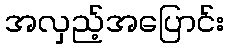
အလှည့်အပြောင်း